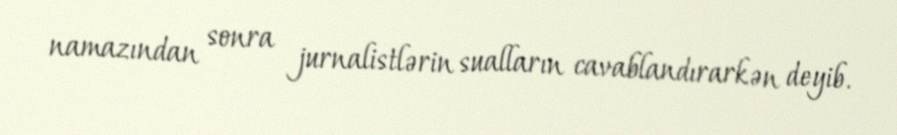
namazından sonra jurnalistlərin sualların cavablandırarkən deyib.